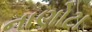
નાણોટા